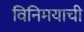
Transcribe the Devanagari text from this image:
विनिमयाची